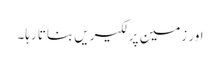
اور زمین پر لکیریں بناتا رہا۔